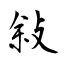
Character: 敍